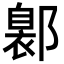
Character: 𨝺